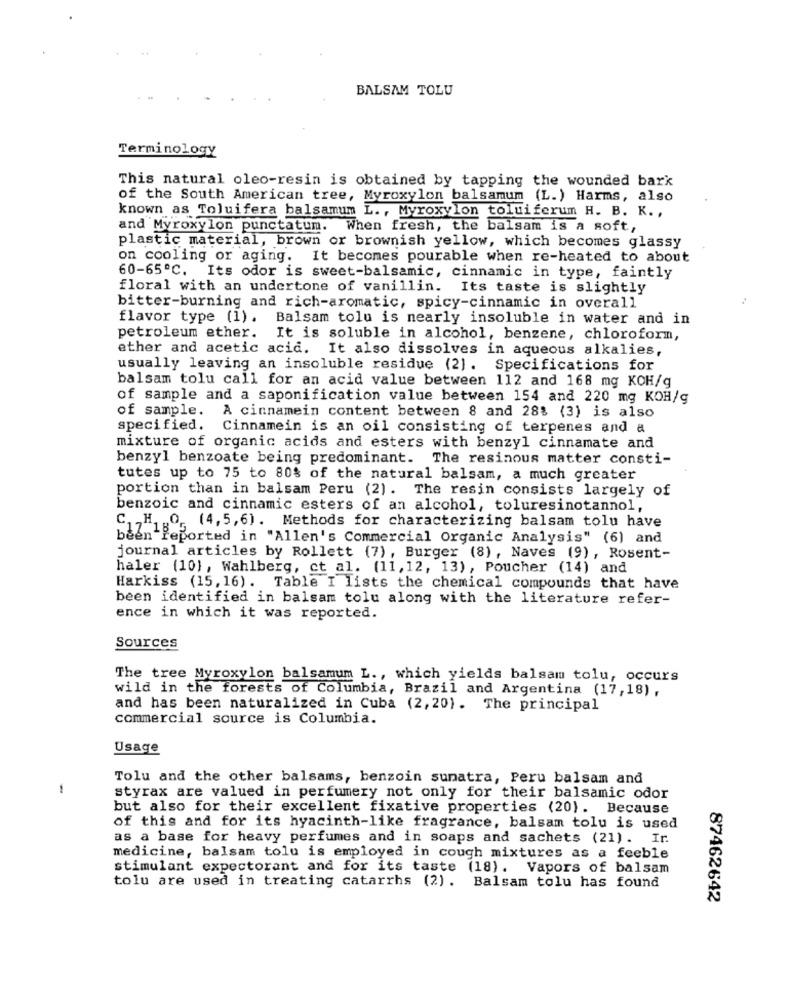
BALSAM TOLU
Terminology
This natural oleo-resin is obtained by tapping the wounded bark
of the South American tree, Myroxylon balsamum (L.) Harms, also
known as Toluifera balsamum L ., Myroxylon toluiferum H. B. K. ,
and Myroxylon punctatum. When fresh, the balsam is a soft,
plastic material, brown or brownish yellow, which becomes glassy
on cooling or aging. It becomes pourable when re-heated to about
60-65º℃. Its odor is sweet-balsamic, cinnamic in type, faintly
floral with an undertone of vanillin. Its taste is slightly
bitter-burning and rich-aromatic, spicy-cinnamic in overall
flavor type (1). Balsam tolu is nearly insoluble in water and in
petroleum ether. It is soluble in alcohol, benzene, chloroform,
ether and acetic acid. It also dissolves in aqueous alkalies,
usually leaving an insoluble residue (2). Specifications for
balsam tolu call for an acid value between 112 and 168 mg KOH/g
of sample and a saponification value between 154 and 220 mg KOH/g
of sample. A cinnamein content between 8 and 28% (3) is also
specified. Cinnamein is an oil consisting of terpenes and a
mixture of organic acids and esters with benzyl cinnamate and
benzyl benzoate being predominant. The resinous matter consti-
tutes up to 75 to 80% of the natural balsam, a much greater
portion than in balsam Peru (2). The resin consists largely of
benzoic and cinnamic esters of an alcohol, toluresinotannol,
C. H. O. (4,5,6). Methods for characterizing balsam tolu have
been reported in "Allen's Commercial Organic Analysis" (6) and
journal articles by Rollett (7), Burger (8), Naves (9), Rosent-
haler (10), Wahlberg, et al. (11,12, 13), Poucher (14) and
Harkiss (15, 16) . Table I Lists the chemical compounds that have
been identified in balsam tolu along with the literature refer-
ence in which it was reported.
Sources
The tree Myroxylon balsamum L ., which yields balsam tolu, occurs
wild in the forests of Columbia, Brazil and Argentina (17,18),
and has been naturalized in Cuba (2,20). The principal
commercial source is Columbia.
Usage
Tolu and the other balsams, benzoin sunatra, Peru balsam and
styrax are valued in perfumery not only for their balsamic odor
but also for their excellent fixative properties (20). Because
of this and for its hyacinth-like fragrance, balsam tolu is used
as a base for heavy perfumes and in soaps and sachets (21). Ir.
medicine, balsam tolu is employed in cough mixtures as a feeble
stimulant expectorant and for its taste (18). Vapors of balsam
tolu are used in treating catarrhs (2) . Balsam tolu has found
87462642